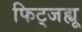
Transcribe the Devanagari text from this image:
फिट्जह्यू